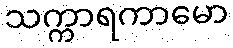
သက္ကာရကာမော